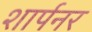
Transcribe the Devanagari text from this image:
शार्पनर